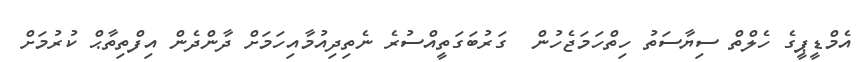
އެމްޑީޕީގެ ހެލްތް ސިޔާސަތު ހިތްހަމަޖެހުން  ގަރުބަގަތީއްސުރެ ނެތިދިއުމާއިހަމަށް ދާންދެން އިފްތިތާޙް ކުރުމަށް